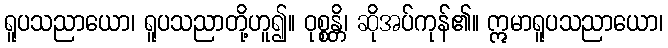
ရူပသညာယော၊ ရူပသညာတို့ဟူ၍။ ဝုစ္စန္တိ၊ ဆိုအပ်ကုန်၏။ ဣမာရူပသညာယော၊